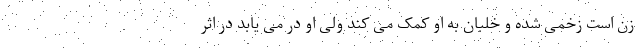
زن است زخمی شده و خلبان به او کمک می کند ولی او در می یابد در اثر